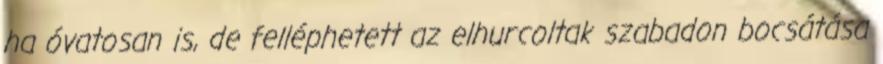
ha óvatosan is, de felléphetett az elhurcoltak szabadon bocsátása